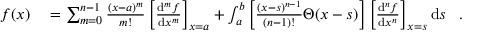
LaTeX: { \begin{array} { r l } { f ( x ) } & { { } = \sum _ { m = 0 } ^ { n - 1 } { \frac { ( x - a ) ^ { m } } { m ! } } \left[ { \frac { \mathrm { d } ^ { m } f } { \mathrm { d } x ^ { m } } } \right] _ { x = a } + \int _ { a } ^ { b } \left[ { \frac { ( x - s ) ^ { n - 1 } } { ( n - 1 ) ! } } \Theta ( x - s ) \right] \left[ { \frac { \mathrm { d } ^ { n } f } { \mathrm { d } x ^ { n } } } \right] _ { x = s } \mathrm { d } s } \end{array} } ~ .